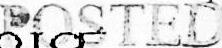
POSTED